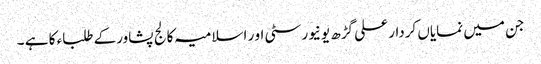
جن میں نمایاں کردار علی گڑھ یونیورسٹی او ر اسلامیہ کالج پشاورکے طلباء کا ہے ۔